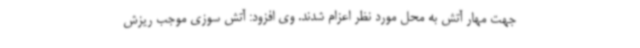
جهت مهار آتش به محل مورد نظر اعزام شدند. وی افزود: آتش سوزی موجب ریزش